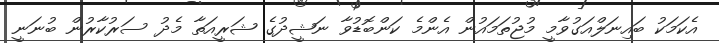
އެކަމަކު ބައިނަލްއަގުވާމީ މުޖުތަމައުން އެންމެ ކަންބޮޑުވާ ނަޝީދުގެ ޝަރީއަތާ މެދު ސަރުކާރުން ބުނަނީ